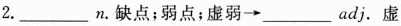
2.___n.缺点；弱点；虚弱→___adj.虚